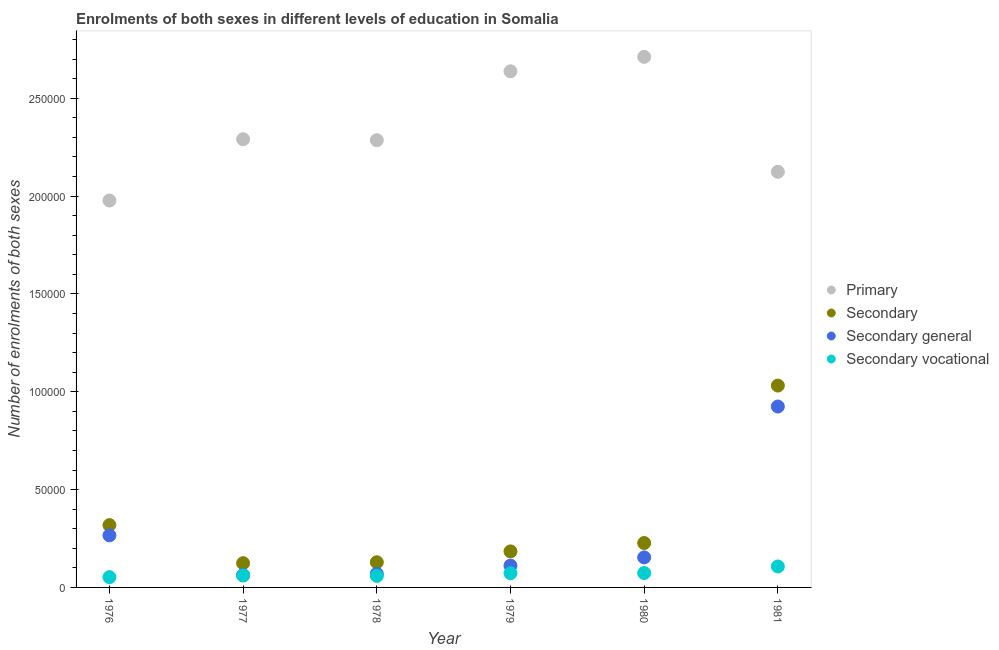
| Year | Primary | Secondary | Secondary general | Secondary vocational |
 | --- | --- | --- | --- | --- |
 | 1976 | 1.98e+05 | 3.19e+04 | 2.66e+04 | 5.25e+03 |
 | 1977 | 2.29e+05 | 1.24e+04 | 6.31e+03 | 6.08e+03 |
 | 1978 | 2.29e+05 | 1.29e+04 | 6.98e+03 | 5.89e+03 |
 | 1979 | 2.64e+05 | 1.84e+04 | 1.11e+04 | 7.29e+03 |
 | 1980 | 2.71e+05 | 2.27e+04 | 1.53e+04 | 7.35e+03 |
 | 1981 | 2.12e+05 | 1.03e+05 | 9.24e+04 | 1.07e+04 |